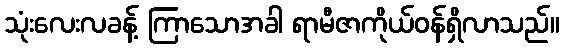
သုံးလေးလခန့် ကြာသောအခါ ရာမီဇာကိုယ်ဝန်ရှိလာသည်။